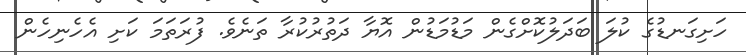
ހަށިގަނޑުގެ ކުލަ ބަދަލުކޮށްގެން މަޑުމަޑުން އޮޔާ ދަތުރުކުރާ ތަނެވެ. ފުރަތަމަ ކަށި އެހެނިހެން